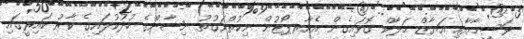
ވަސީމާއާއި އަޔާޒް މަލާކް ގޮވައިގެން އެއާރޕޯޓުން ނިކުތްވަގުތު ނިޝާންގެ ހުދުކުލައިގެ ކާރު ކައިރީގައި